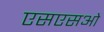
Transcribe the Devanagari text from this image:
एसएसओ